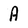
Character: A